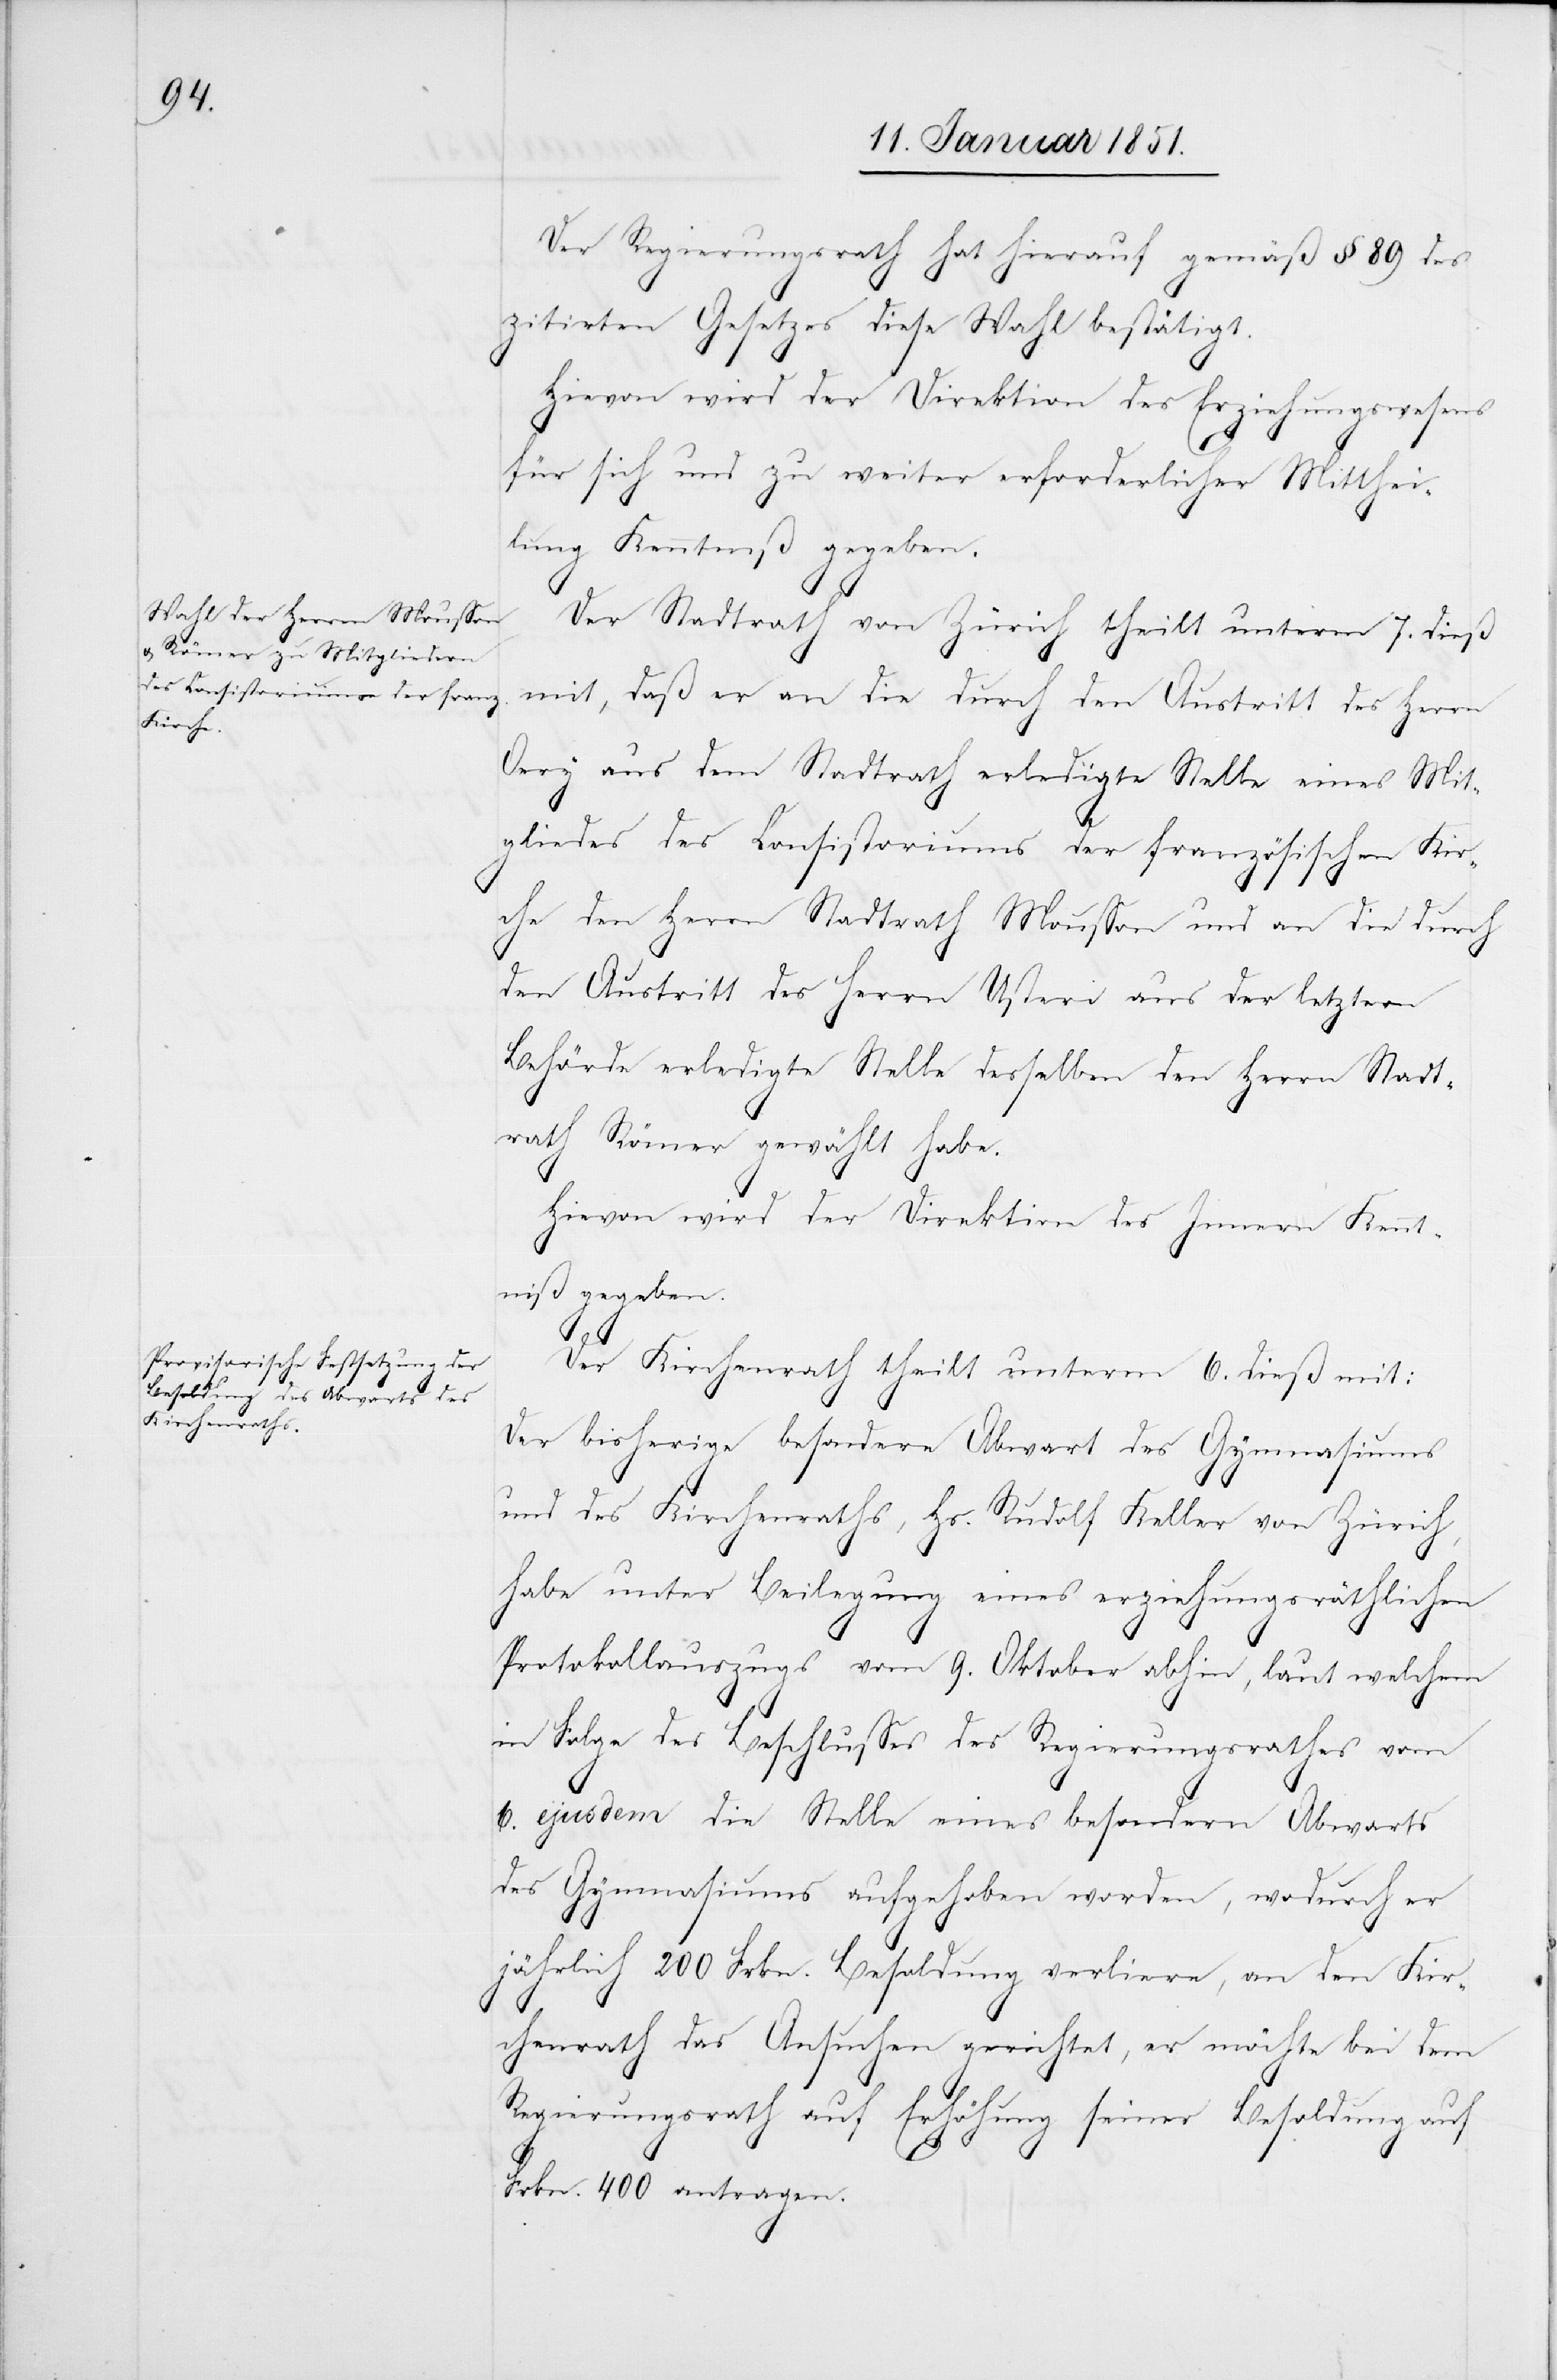
Der Regierungsrath hat hierauf gemäß § 89 des
zitirten Gesetzes diese Wahl bestätigt.
Hievon wird der Direktion des Erziehungswesens
für sich und zu weiter erforderlicher Mitthei¬
lung Kenntniß gegeben.
Der Stadtrath von Zürich theilt unterm 7. dieß
mit, daß er an die durch den Austritt des Herrn
Oery aus dem Stadtrath erledigte Stelle eines Mit¬
gliedes des Consistoriums der französischen Kir¬
che den Herrn Stadtrath Mousson und an die durch
den Austritt des Herrn Usteri aus der letztern
Behörde erledigte Stelle desselben den Herrn Stadt¬
rath Römer gewählt habe.
Hievon wird der Direktion des Innern Kennt¬
niß gegeben.
Der Kirchenrath theilt unterm 6. dieß mit:
Der bisherige besondere Abwart des Gymnasiums
und des Kirchenraths, Hs. Rudolf Keller von Zürich,
habe unter Beilegung eines erziehungsräthlichen
Protokollauszugs vom 9. Oktober abhin, laut welchem
in Folge des Beschlusses des Regierungsrathes vom
6. ejusdem die Stelle eines besondern Abwarts
des Gymnasiums aufgehoben worden, wodurch er
jährlich 200 Frkn. Besoldung verliere, an den Kir¬
chenrath das Ansuchen gerichtet, er möchte bei dem
Regierungsrath auf Erhöhung seiner Besoldung auf
Frkn. 400 antragen.